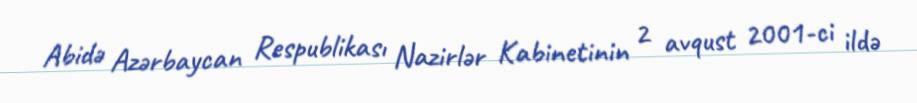
Abidə Azərbaycan Respublikası Nazirlər Kabinetinin 2 avqust 2001-ci ildə